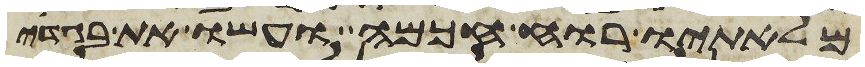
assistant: מלאתיו רוח חכמה ועשו את בגדי